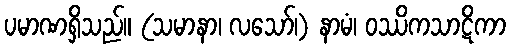
ပမာဏရှိသည်။ (သမာနာ၊ လသော်၊) နာမံ၊ ဝဿိကသာဋိကာ